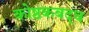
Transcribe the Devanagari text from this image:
कोष्ठकबद्ध